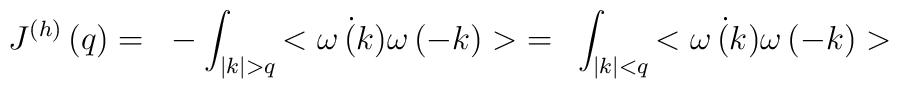
J^{(h)}\left( q \right)=~-\int_{|k|>q}{<\dot{\omega \left( k\right)}\omega\left( -k \right)>}=~\int_{|k|<q}{<\dot{\omega\left( k\right)}\omega\left( -k \right)>}